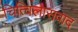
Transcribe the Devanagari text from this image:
चित्विलासवाद